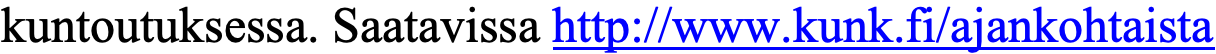
kuntoutuksessa. Saatavissa http://www.kunk.fi/ajankohtaista